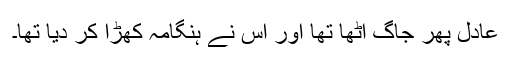
عادل پھر جاگ اُٹھا تھا اور اُس نے ہنگامہ کھڑا کر دیا تھا۔